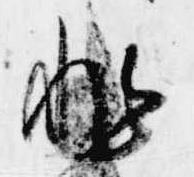
非